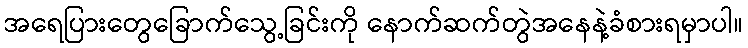
အရေပြားတွေခြောက်သွေ့ခြင်းကို နောက်ဆက်တွဲအနေနဲ့ခံစားရမှာပါ။